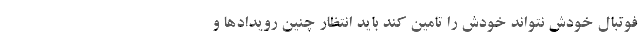
فوتبال خودش نتواند خودش را تامین کند باید انتظار چنین رویدادها و